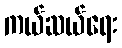
ကယ်ဆယ်ရေး